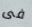
فى